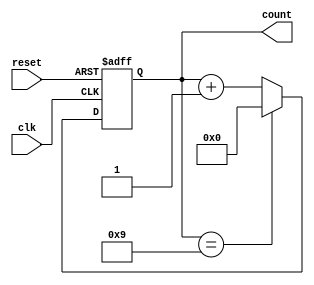
module DecadeCounter(
    input wire clk,
    input wire reset,
    output reg [3:0] count
);

reg [3:0] next_count;

always @ (posedge clk or posedge reset) begin
    if (reset) begin
        next_count <= 4'b0000;
    end else begin
        if (count == 4'b1001) begin
            next_count <= 4'b0000;
        end else begin
            next_count <= count + 4'b0001;
        end
    end
end

always @* begin
    count <= next_count;
end

endmodule